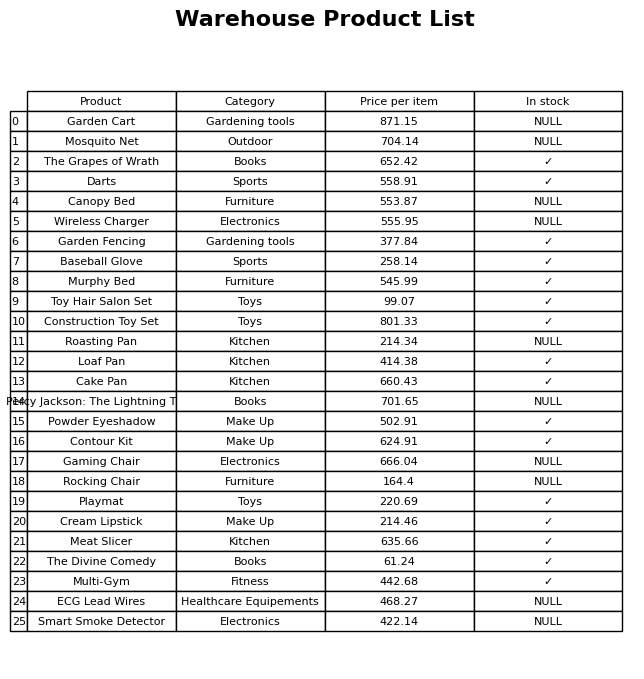
question: What is the price for Cake Pan?
answer: The price of Cake Pan is 660.43.